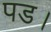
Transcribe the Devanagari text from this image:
पड।